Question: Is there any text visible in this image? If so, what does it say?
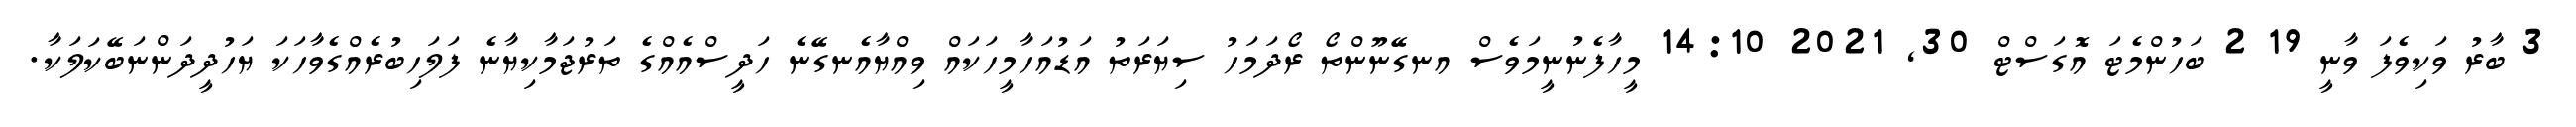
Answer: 3 ބާރު ވަކިވެފަ ވާނީ 19 2 ބަހުންމެޓަ އޮގަސްޓް 30, 2021 14:10 މީހާފެނުނީމަވެސް އނގޭނޫންތޯ ރޯދަމަހު ސިޔަރަތު އަޑުއަހާމީހަކައް ވިއްޔާއެނގޭނެ ހަދީސްއެއްގެ ތަރުޖަމާކިޔާނެ ފަލަހިބުރެއްގެވާހަކަ ޔަހުދީދަންނަބޭކަލަކާ.